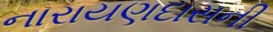
નારાયણદાસની